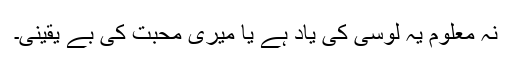
نہ معلوم یہ لوسی کی یاد ہے یا میری محبت کی بے یقینی۔